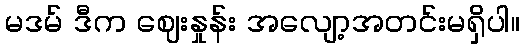
မဒမ် ဒီက ဈေးနှုန်း အလျော့အတင်းမရှိပါ။